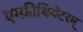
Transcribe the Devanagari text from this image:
एम्फ़ीथियेटरम्